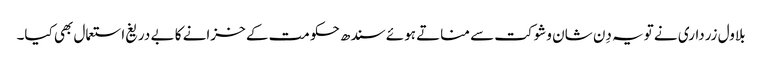
بلاول زرداری نے تویہ دِن شان وشوکت سے مناتے ہوئے سندھ حکومت کے خزانے کا بے دریغ استعمال بھی کیا۔